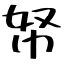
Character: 帑